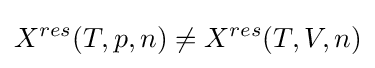
X^{res}(T,p,n)\neq X^{res}(T,V,n)